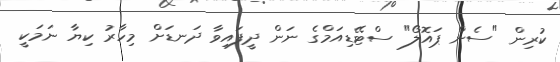
ކުރިން "ސެން ޕައޮލޯ" ސްޓޭޑިއަމްގެ ނަން ދީފައިވާ ދަނޑަށް މިހާރު ކިޔާ ނަމަކީ